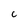
Character: C